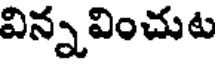
విన్నవించుట